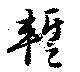
蹔